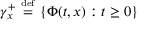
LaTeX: \gamma _ { x } ^ { + } \ { \overset { \underset { \mathrm { d e f } } { } } { = } } \ \{ \Phi ( t , x ) : t \geq 0 \}